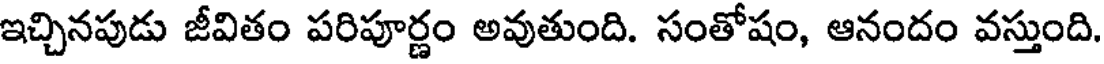
ఇచ్చినపుడు జీవితం పరిపూర్ణం అవుతుంది. సంతోషం, ఆనందం వస్తుంది